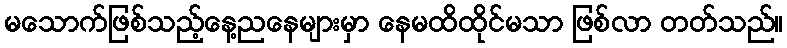
မသောက်ဖြစ်သည့်နေ့ညနေများမှာ နေမထိထိုင်မသာ ဖြစ်လာ တတ်သည်။